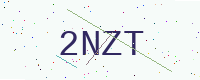
Text: 2NZT